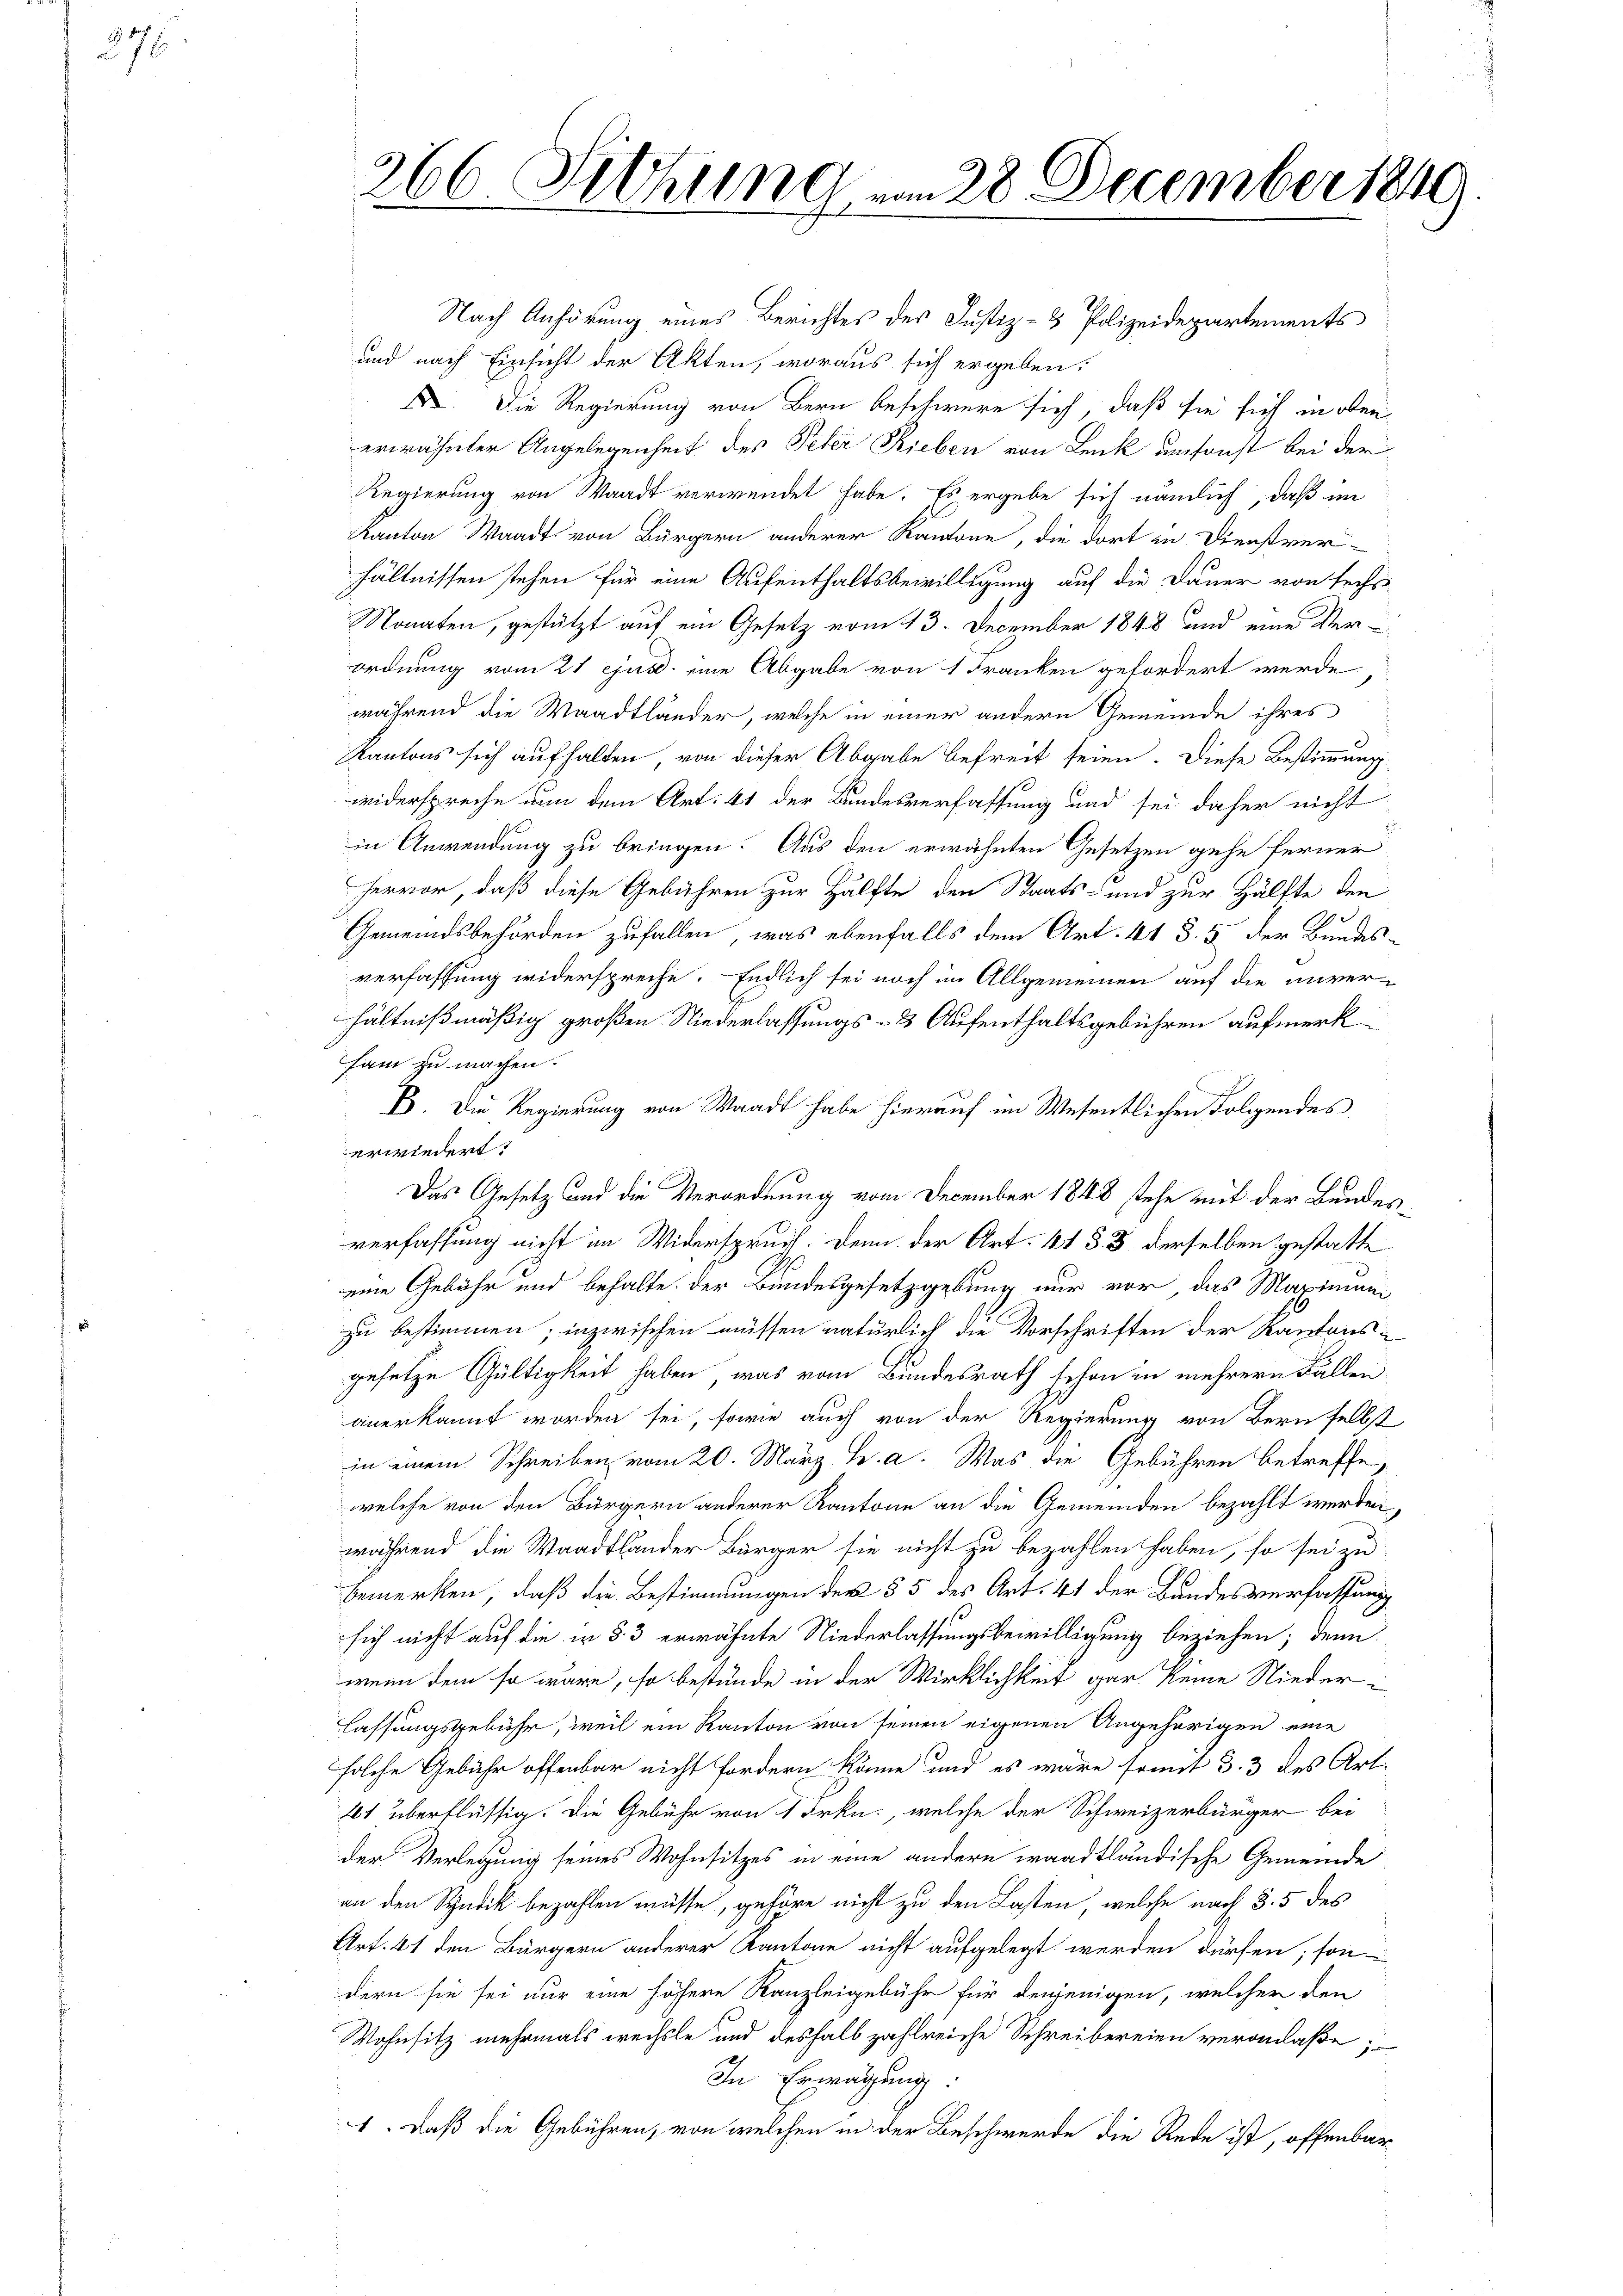
276

266 Sitzung vom 28. December 1849
l

Nach Anhörung eines Berichtes der Justiz- & Polizeidepartements
und nach Einsicht der Akten, woraus sich ergeben:
F. Die Regierung von Bern beschwere sich, daß sie sich in oben
erwähnter Angelegenheit des Peter Rieben von Lenk umsonst bei der
Regierung von Waadt verwendet habe. Es ergebe sich nämlich, daß im
Kanton Waadt von Bürgern anderer Kantone, die dort in Dienstver-
hältnissen stehen für eine Aufenthaltsbewilligung auf die Dauer von sechs
Monaten, gestützt auf ein Gesetz vom 13. December 1848 und eine Ver¬
Ordnung vom 21. ejusd. eine Abgabe von 1 Franken gefordert werde
während die Waadtländer, welche in einer andern Gemeinde ihres
Kantons sich aufhalten, von dieser Abgabe befreit seien. Diese Bestimmung
widerspreche nun dem Art. 41 der Bundesverfassung und sei daher nicht
:
in Anwendung zu bringen. Aus den erwähnten Gesetzen gehe ferner
hervor, daß diese Gebühren zur Hälfte den Staats- und zur Hälfte den
Gemeindsbehörden zufallen, was ebenfalls dem Art. 41 § 5 der Bundesverfassung widerspreche. Endlich sei noch im Allgemeinen auf die unver-
hältnißmäßig großen Niederlassungs- & Aufenthaltsgebühren aufmerk
sam zu machen.
B. Die Regierung von Waadt habe hierauf im Wesentlichen Folgendes.
erwiedert.
Das Gesetz und die Verordnung vom December 1848 stehe mit der Bundesverfassung nicht im Widerspruch. Denn der Art. 41 § 3 derselben gestatte
eine Gebühr und behalte der Bundesgesetzgebung nur vor, das Maximum
zu bestimmen; inzwischen müssen natürlich die Vorschriften der Kantonsgesetze Gültigkeit haben, was vom Bundesrath schon in mehrern Fällen
anerkannt worden sei, sowie auch von der Regierung von Bern selbst
in einem Schreiben vom 20. März h. a. Was die Gebühren betreffe,
welche von den Bürgern anderer Kantone an die Gemeinden bezahlt werden,
während die Waadtländer Bürger sie nicht zu bezahlen haben, so sei zu
bemerken, daß die Bestimmungen der § 5 des Art. 41 der Bandesverfassung
sich nicht auf die in § 3 erwähnte Niederlassungsbewilligung beziehen; denn
wenn dem so wäre, so bestunde in der Wirklichkeit gar keine Nieder
lassungsgebühr, weil ein Kanton von seinen eigenen Angehörigen eine
solche Gebühr offenbar nicht fordern könne und es wäre somit 33 des Art.
41 überflüssig. Die Gebühr von 1 Frkn., welche der Schweizerbürger bei
der Verlegung seines Wohnsitzes in eine andern waadtländische Gemeinde
an den Syndik bezahlen müsse, gehöre nicht zu den Lasten, welche nach §. 5 des
Art. 41 den Bürgern anderer Kantone nicht aufgelegt werden dürfen, sondern sie sei nur eine höhere Kanzleigebühr für denjenigen, welcher den
Wohnsitz mehrmals wechste und deshalb zahlreiche Schreibereien veranlaße;
In Erwägung.
1. Daß die Gebühren, von welchen in der Beschwerde die Rede ist, offenbar¬